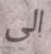
الى